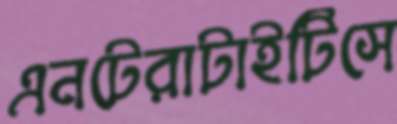
এনটেরাটাইটিসে